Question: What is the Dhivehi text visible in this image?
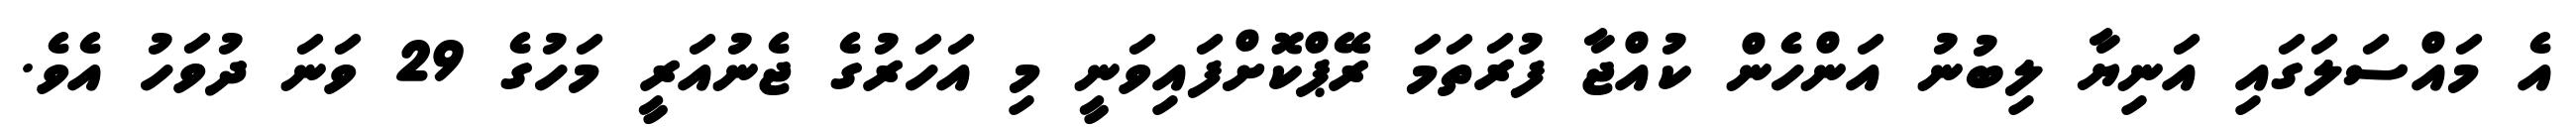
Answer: އެ މައްސަލަގައި އަނިޔާ ލިބުނު އަންހެން ކުއްޖާ ފުރަތަމަ ރޭޕްކޮށްފައިވަނީ މި އަހަރުގެ ޖެނުއަރީ މަހުގެ 29 ވަނަ ދުވަހު އެވެ.